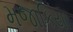
મજાકિયા